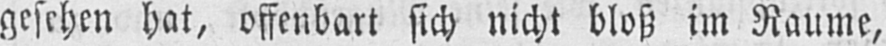
gesehen hat, offenbart sich nicht bloß im Raume,